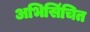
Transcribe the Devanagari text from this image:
अभिसिंचित